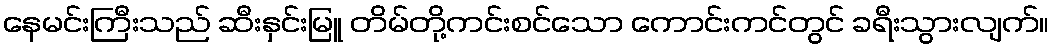
နေမင်းကြီးသည် ဆီးနှင်းမြူ တိမ်တို့ကင်းစင်သော ကောင်းကင်တွင် ခရီးသွားလျက်။